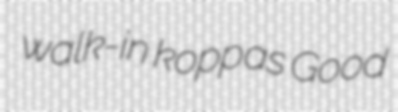
walk-in koppas Good